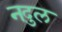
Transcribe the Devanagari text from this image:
नदुल